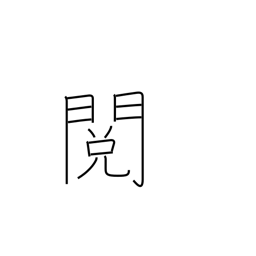
Meaning: revision